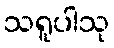
သရူပါသု